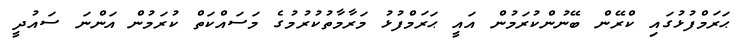
ޙަރަމްފުޅުގައި ކްރޭން ބޭނުންކުރަމުން އައީ ޙަރަމްފުޅު މަރާމާތުކުރުމުގެ މަސައްކަތް ކުރަމުން އަންނަ ސައުދީ